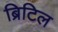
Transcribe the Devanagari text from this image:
ब्रिटिल